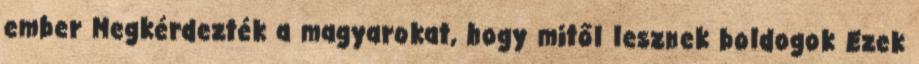
ember Megkérdezték a magyarokat, hogy mitől lesznek boldogok Ezek